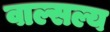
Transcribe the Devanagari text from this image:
वाल्सल्य